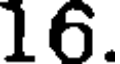
16.